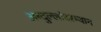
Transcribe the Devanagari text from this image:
अब्दुल्लांदरम्यान